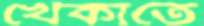
খেঁকাতে